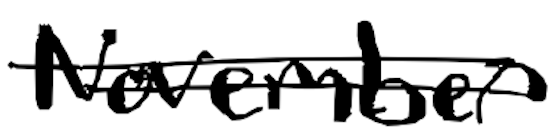
Text: November
Cross-out: double-line
Writing tool: digital_black